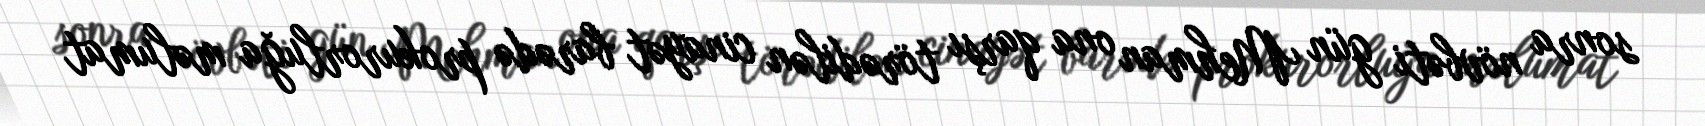
sonra növbəti gün Mehman ona qarşı törədilən cinayət barədə prokurorluğa məlumat